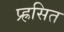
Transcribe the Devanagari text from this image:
प्र्ह्रसित